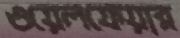
ওয়েলফেয়ার